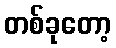
တစ်ခုတော့